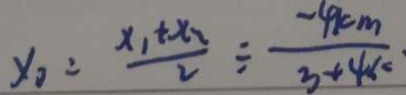
x _ { 0 } = \frac { x _ { 1 } + x _ { 2 } } { 2 } \div \frac { - 4 k m } { 3 + 4 k } \cdot